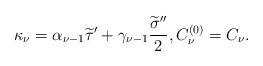
LaTeX: \begin{align*}\kappa_{\nu}=\alpha_{\nu-1}\widetilde{\tau}'+\gamma_{\nu-1}\frac{\widetilde{\sigma}''}{2}, C_{\nu}^{(0)}=C_{\nu}.\end{align*}